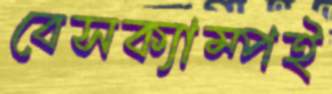
বেসক্যাম্পই